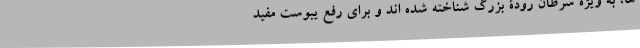
ها، به ویژه سرطان رودۀ بزرگ شناخته شده اند و برای رفع یبوست مفید